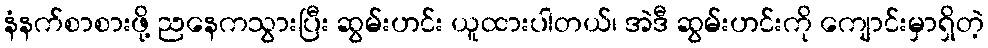
နံနက်စာစားဖို့ ညနေကသွားပြီး ဆွမ်းဟင်း ယူထားပါတယ်၊ အဲဒီ ဆွမ်းဟင်းကို ကျောင်းမှာရှိတဲ့